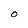
Character: O